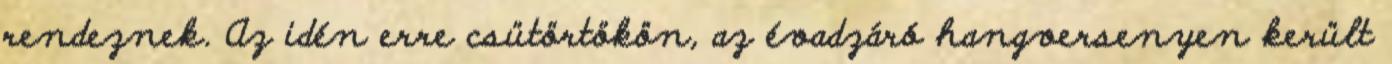
rendeznek. Az idén erre csütörtökön, az évadzáró hangversenyen került